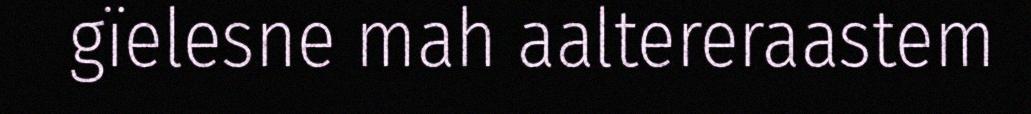
gïelesne mah aaltereraastem